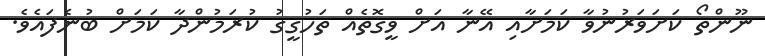
ނޫންތޯ ކަށަވަރުނުވާ ކަމަށާއި އޭނާ އަށް ވީގޮތެއް ތަހުގީގު ކުރަމުންދާ ކަމަށް ބުނެފައެވެ.